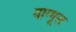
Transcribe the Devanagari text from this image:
माग्गूल